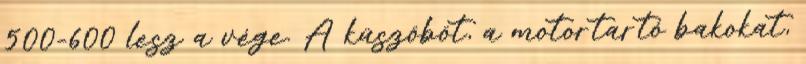
500-600 lesz a vége. A küszöböt, a motortartó bakokat,